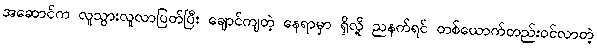
အဆောင်က လူသွားလူလာပြတ်ပြီး ချောင်ကျတဲ့ နေရာမှာ ရှိလို့ ညနက်ရင် တစ်ယောက်တည်းဝင်လာတဲ့